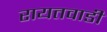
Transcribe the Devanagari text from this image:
रायतवाडी